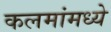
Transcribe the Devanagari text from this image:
कलमांमध्ये